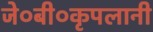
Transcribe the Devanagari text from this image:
जे०बी०कृपलानी